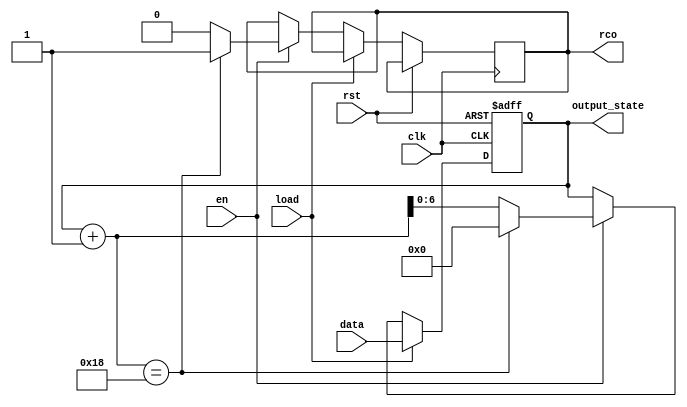
module Counter24 (
    output_state,
    rco,
    rst, en, clk, load,
    data
);
output wire[6:0] output_state;
output reg rco;                 // 
input wire rst, en, clk, load;   // 1- (0-, 1-)1-
input wire[6:0] data;       // 
reg[6:0] state;
always @(posedge clk or posedge rst) begin
    if(rst) begin
        // rst
        state <= 7'b0000000;
    end
    else if(clk) begin
        if(!load) begin 
            if(en) begin
                if(state+1==24) begin 
                    state <= 7'b0000000; 
                    rco = 1;
                end
                else begin 
                    state <= state +1 ; 
                    rco = 0;
                end   // 
            end
            else begin
                state <= state;  // 
            end
        end
        else begin state <= data; end   // 
    end
end
assign output_state = state;
endmodule //Counter24